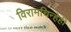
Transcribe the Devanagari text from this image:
विरामचिन्हेही